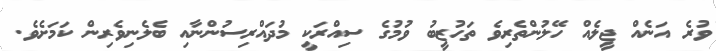
ވުރެ އަނެއް ޖީލެއް ހޭލުންތެރިވެ ތަހުޒީބު ވުމުގެ ސިއްރަކީ މުދައްރިސުންނާއި ބެލެނިވެރިން ކަމަށެވެ.